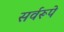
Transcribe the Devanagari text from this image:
सर्वरूपे